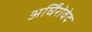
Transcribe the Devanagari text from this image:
अर्घिंरोवेद